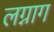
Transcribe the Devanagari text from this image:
लग्नाग